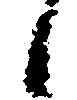
候